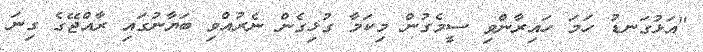
"އަޅުގަނޑު ހަމަ ހައިރާންވި ސީމެގުން މިކަމާ ގުޅިގެން ނެރުއްވި ބަޔާނުގައި ރާއްޖޭގެ ގިނަ